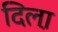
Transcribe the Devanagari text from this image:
दिला़